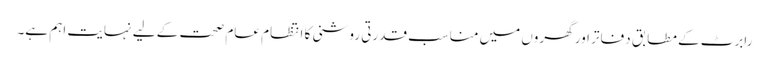
رابرٹ کے مطابق دفاتر اور گھروں میں مناسب قدرتی روشنی کا انتظام عام صحت کے لیے نہایت اہم ہے۔